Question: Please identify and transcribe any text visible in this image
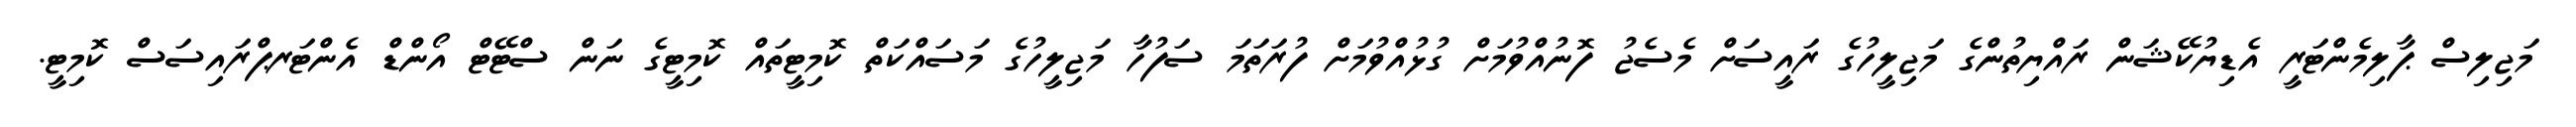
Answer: މަޖިލިސް ޕާލިމެންޓަރީ އެޑިޔުކޭޝަން ރައްޔިތުންގެ މަޖިލީހުގެ ރައީސަށް މެސެޖު ފޮނުއްވުމަށް ގުޅުއްވުމަށް ފުރަތަމަ ސަފުހާ މަޖިލީހުގެ މަސައްކަތް ކޮމިޓީތައް ކޮމިޓީގެ ނަން ސްޓޭޓް އޯންޑް އެންޓަރޕްރައިސަސް ކޮމިޓީ.